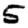
Digit: 5